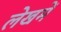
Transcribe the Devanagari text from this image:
लेखमें